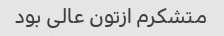
متشکرم ازتون عالی بود